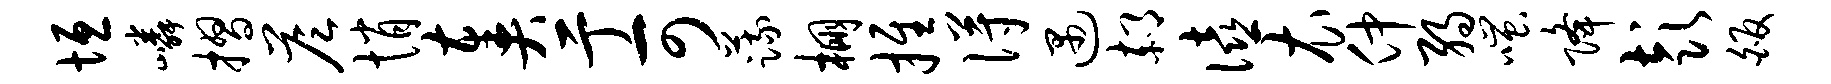
垣嶙摺答悄奏亍可蔬棚推得遇郝僖衣仲弱嗤降彭皈